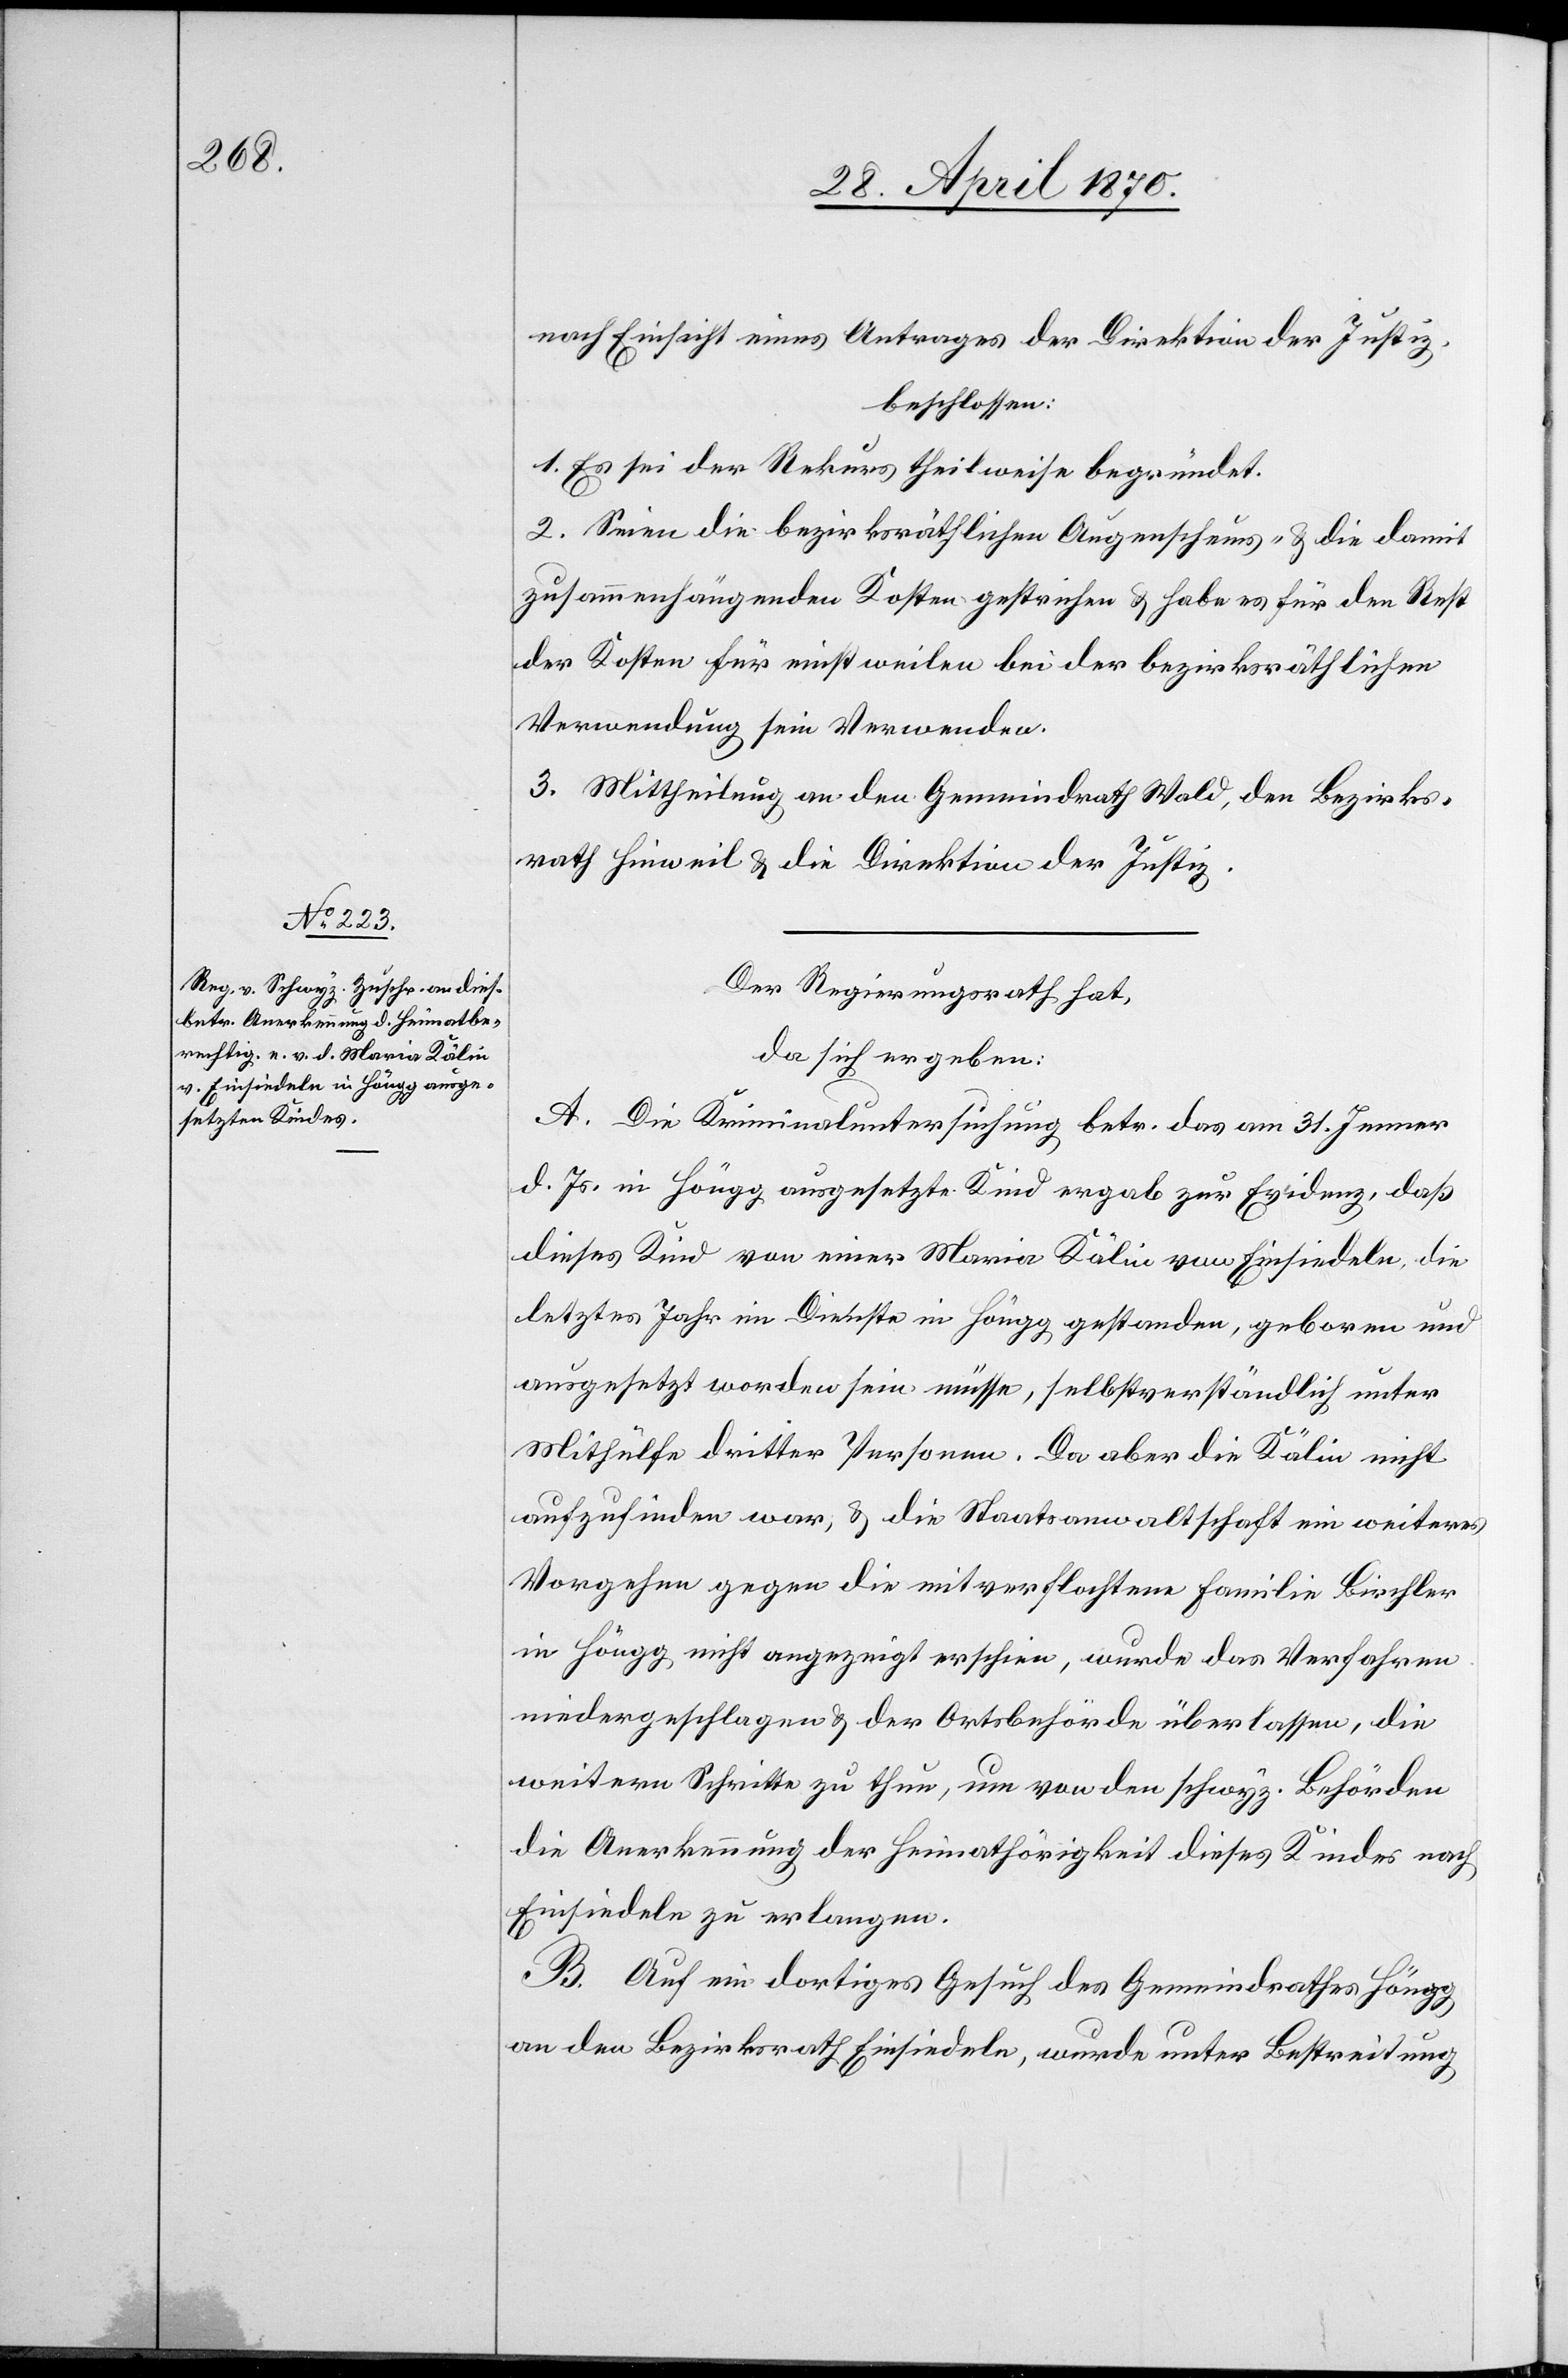
nach Einsicht eines Antrages der Direktion der Justiz,
beschlossen:
1. Es sei der Rekurs theilweise begründet.
2. Seien die bezirksräthlichen Augenscheins- [sic!] & die damit
zusammenhängenden Kosten gestrichen & habe es für den Rest
der Kosten für einstweilen bei der bezirksräthlichen
Verwendung sein Verwenden.
3. Mittheilung an den Gemeindrath Wald, den Bezirks¬
rath Hinweil & die Direktion der Justiz.
Der Regierungsrath hat,
da sich ergeben:
A. Die Kriminaluntersuchung betr. das am 31. Jenner
d. Js. in Höngg ausgesetzte Kind ergab zur Evidenz, daß
dieses Kind von einer Maria Kälin von Einsiedeln, die
letztes Jahr im Dienste in Höngg gestanden, geboren und
ausgesetzt worden sein müsse, selbstverständlich unter
Mithülfe dritter Personen. Da aber die Kälin nicht
aufzufinden war, & die Staatsanwaltschaft ein weiteres
Vorgehen gegen die mitverflochtene Familie Birschler
in Höngg nicht angezeigt erschien, wurde das Verfahren
niedergeschlagen & der Ortsbehörde überlassen, die
weitern Schritte zu thun, um von den schwyz. Behörden
die Anerkennung der Heimathörigkeit dieses Kindes nach
Einsiedeln zu erlangen.
B. Auf ein dortiges Gesuch des Gemeindrathes Höngg
an den Bezirksrath Einsiedeln, wurde unter Bestreitung